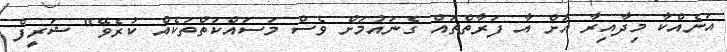
އަނެއްކާ މިދާއިރާ އަށް އާ ފަރާތްތައް ގެނައުމަށް ވެސް މަސައްކަތްތަކެއް ކުރެވޭ" ޝަރީފް